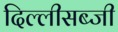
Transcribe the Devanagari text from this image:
दिल्लीसब्जी